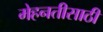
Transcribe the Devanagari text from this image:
मेहनतीसाठी